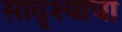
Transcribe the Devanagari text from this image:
सादृश्याचा